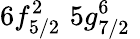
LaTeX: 6f_{5/2}^{2}\, \, 5g_{7/2}^{6}\, \,